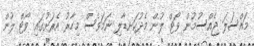
މައްސަލަ ޖެއްސުމުން ވޯޓް ލުން މެދުކަނޑާލި ނަމަވެސް މިހާރު އެރަށުގައި ވޯޓް ލުން